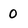
Character: 0